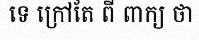
ទេ ក្រៅតែ ពី ពាក្យ ថា